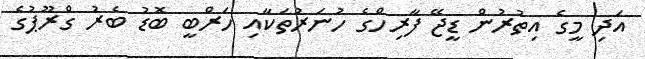
އަދި މީގެ އިތުރުން ޑީޖޭ ފާރިހްގެ ހުނަރުތަކާއި ހަރްބީ ބޮޑު ބެރު ގްރޫޕުގެ